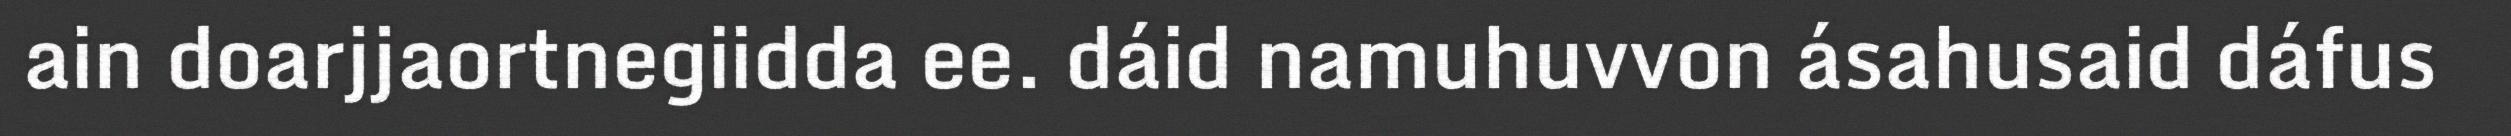
ain doarjjaortnegiidda ee. dáid namuhuvvon ásahusaid dáfus